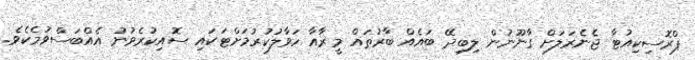
ޕްރޮސިކިއުޓާ ޖެނެރަލަށް ގާނޫނުން ލިބިދޭ ބައެއް ބާރުތައް މީރާއާ ހަވާލުކުރުމަށްޓަކައި ސޮއިކުރެވުނު އެއްބަސްވުމެކެވެ.